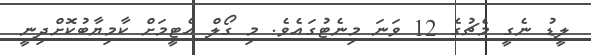
ލީޑު ނެގީ މެޗުގެ 12 ވަނަ މިނެޓުގައެވެ. މި ގޯލް އެޓީމަށް ކާމިޔާބުކޮށްދިނީ